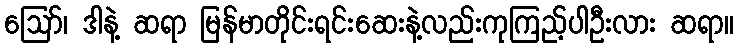
ဪ၊ ဒါနဲ့ ဆရာ မြန်မာတိုင်းရင်းဆေးနဲ့လည်းကုကြည့်ပါဦးလား ဆရာ။